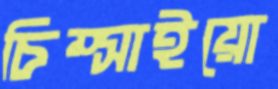
চিম্‌সাইয়ো